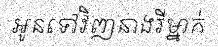
អូនទៅវិញនាងរីម្នាក់